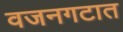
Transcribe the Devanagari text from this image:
वजनगटात